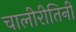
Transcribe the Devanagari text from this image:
चालीरीतिनी